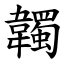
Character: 韣